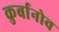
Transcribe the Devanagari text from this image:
कुर्बानोव